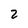
Character: 2